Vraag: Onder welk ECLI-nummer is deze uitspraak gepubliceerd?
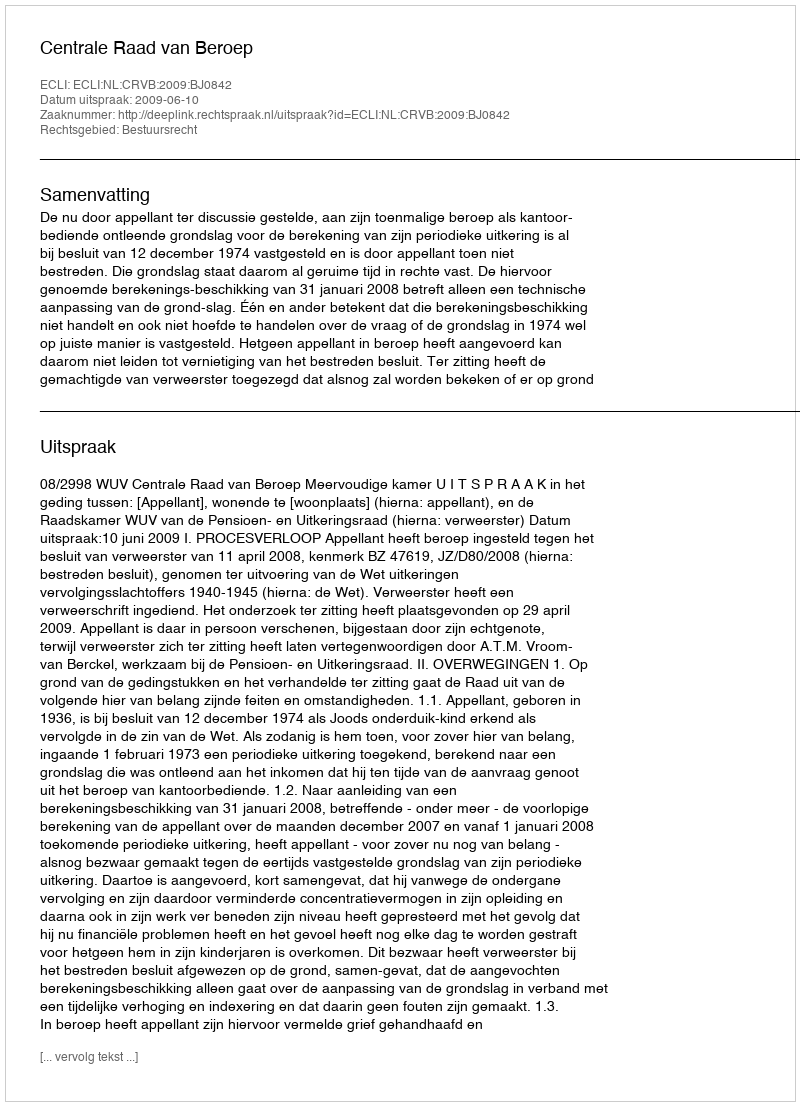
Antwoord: ECLI:NL:CRVB:2009:BJ0842